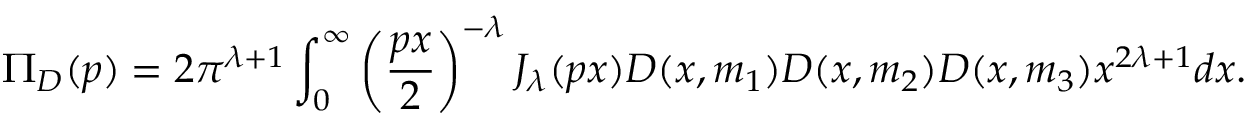
\Pi _ { D } ( p ) = 2 \pi ^ { \lambda + 1 } \int _ { 0 } ^ { \infty } \left( \frac { p x } 2 \right) ^ { - \lambda } J _ { \lambda } ( p x ) D ( x , m _ { 1 } ) D ( x , m _ { 2 } ) D ( x , m _ { 3 } ) x ^ { 2 \lambda + 1 } d x .